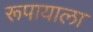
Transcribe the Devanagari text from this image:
रूपायाला